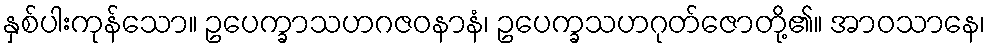
နှစ်ပါးကုန်သော။ ဥပေက္ခာသဟဂဇဝနာနံ၊ ဥပေက္ခသဟဂုတ်ဇောတို့၏။ အာဝသာနေ၊